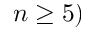
n \geq 5 )